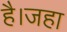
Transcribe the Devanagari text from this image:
है।जहा